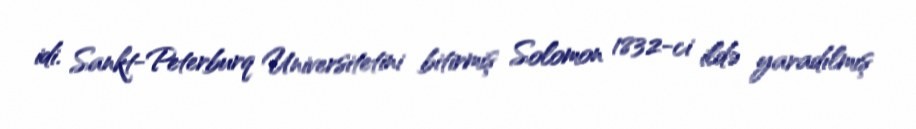
idi. Sankt-Peterburq Universitetini bitirmiş Solomon 1832-ci ildə yaradılmış